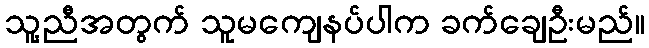
သူ့ညီအတွက် သူမကျေနပ်ပါက ခက်ချေဦးမည်။